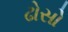
ઢોસો